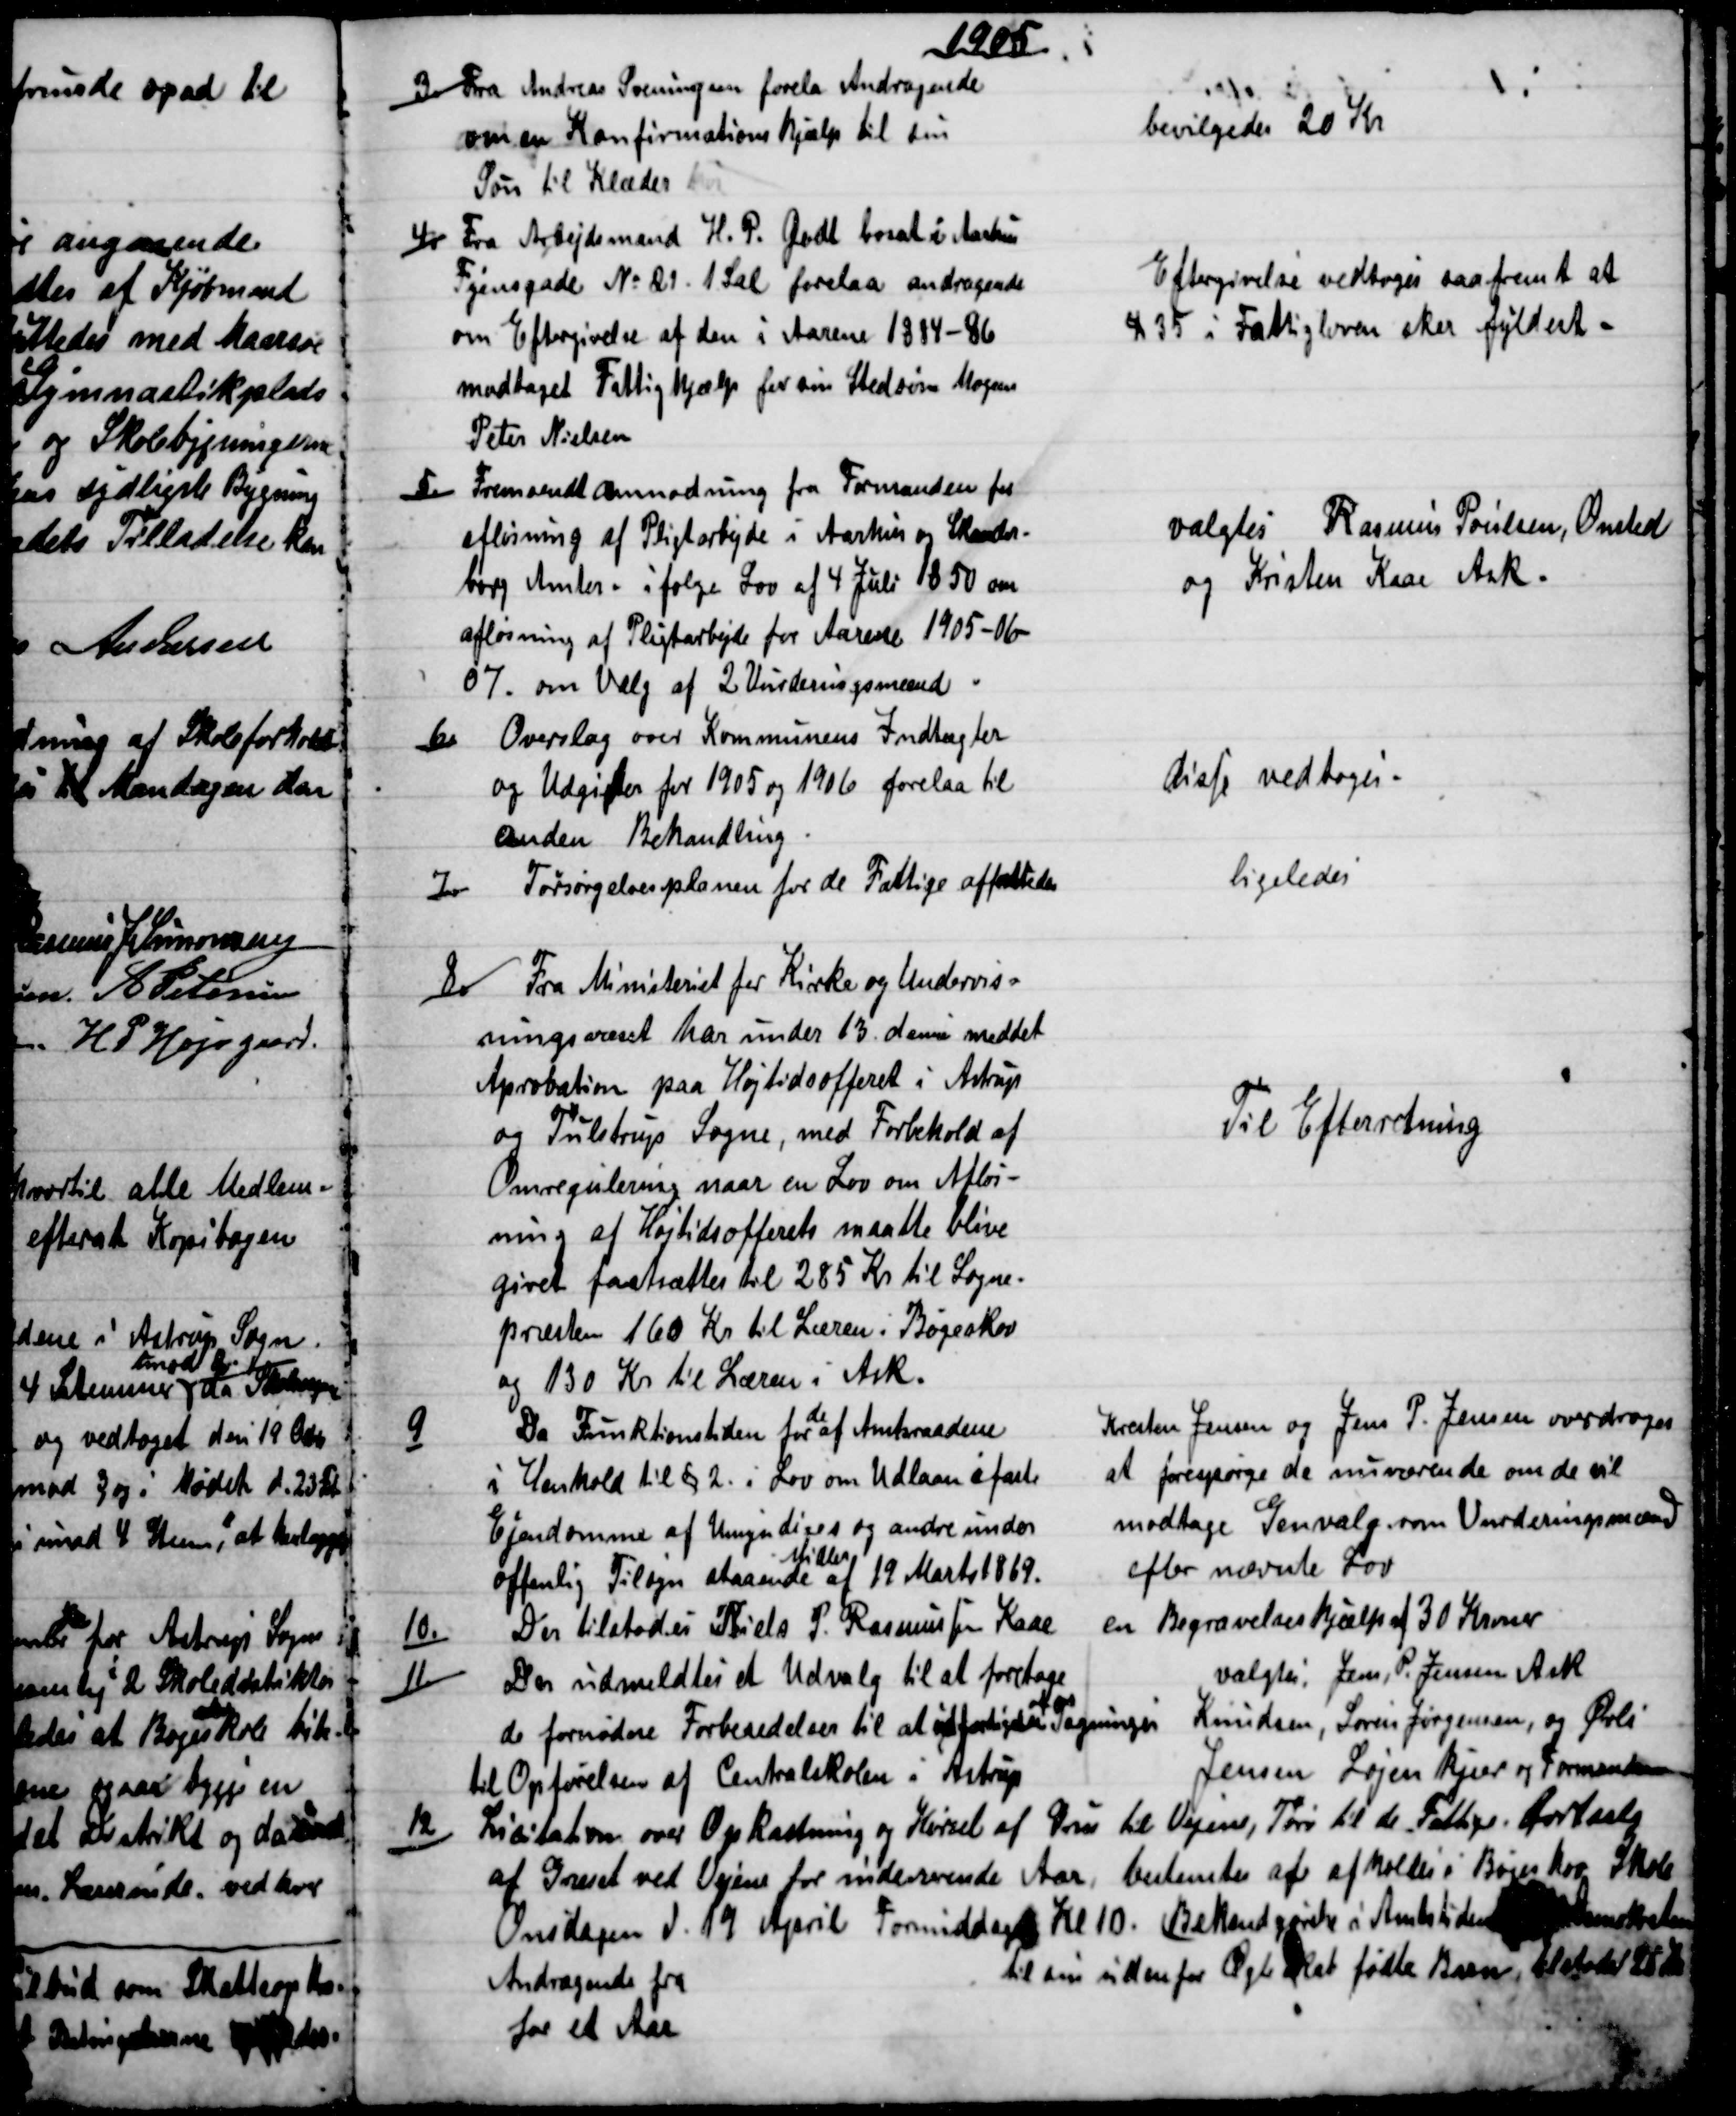
Transskription:
1905
3)
Fra Andreas Svenningsen forela Andragende
om en Konfirmationshjælp til sin
Søn til Klæder
bevilgedes 20 Kr
4)
Fra Arbejdsmand H. P. Godt bosat i Aarhus
Fyensgade № 21. 1 Sal forelaa andragende
om Eftergivelse af den i Aarene 1884-86
modtaget Fattighjælp for sin Stedsøn Mogens
Peter Nielsen
Eftergivelse vedtoges saafremt at
§ 35 i Fattigloven sker fyldest 
5.)
Fremsendt Anmodning fra Formanden for
afløsning af Pligtarbejde i Aarhus og Skander-
borg Amter - ifølge Lov af 4 Juli 1850 om
afløsning af Pligtarbejde for Aarene 1905-06-
07. om Valg af 2 Vurderingsmænd.
valgtes Rasmus Poulsen, Onsted
og Kristen Kaae Ask.
6)
Overslag over Kommunens Indtægter
og Udgifter for 1905 og 1906 forelaa til
anden Behandling
disse vedtoges
7)
Forsørgelsesplanen for de Fattige affattedes
ligeledes
8)
Fra Ministeriet for Kirke og Undervis=
ningsvæset har under 13. dennes meddet
Aprobation paa Højtidsofferet i Astrup
og Tulstrup Sogne, med Forbehold af
Omregulering naar en Lov om Afløs-
ning af Højtidsofferets maatte blive
givet fastsættes til 285 Kr til Sogne-
præsten 160 Kr til Læren i Bøgeskov
og 130 Kr til Læren i Ask.
Til Efterretning
9)
Da Funktionstiden for 
de
af Amtsraadene
i Henhold til § 2 i Lov om Udlaan i faste
Ejendomme af Umyndiges og andre under
offenlig Tilsyn staaende 
Midler
af 19 Marts 1869.
Kresten Jensen og Jens P. Jensen overdroges
at forespørge de nuværende om de vil
modtage Genvalg som Vurderingsmænd
efter nævnte Lov
10.)
Der tilstodes Niels P. Rasmussen Kaae
en Begravelseshjælp af 30 Kroner
11)
Der udmeldtes et Udvalg til at foretage
de fornødne Forberedelser til al udfærdigelse 
af 
Tegninger
til Opførelsen af Centralskolen i Astrup
valgtes: Jens P. Jensen Ask
Knudsen, Søren Jørgensen, og Øvli
Jensen Løjenkjær og Formanden
12)
Licitation over Opkastning og Kørsel af Grus til Vejene, Tørv til de Fattige. bortsalg
af Græset ved Vejene for indeværende Aar, bestemtes af afholdes i Bøgekov Skole
Onsdagen d. 19 April Formiddag Kl 10. Bekendgørelse i Amtstidende  Demokraten
Andragende fra
for et Aar
 til sin udenfor Ægteskab fødte Barn, tilstodes 25 Kr